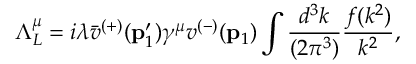
\Lambda _ { L } ^ { \mu } = i \lambda \bar { v } ^ { ( + ) } ( { \bf p } _ { 1 } ^ { \prime } ) \gamma ^ { \mu } v ^ { ( - ) } ( { \bf p } _ { 1 } ) \int \frac { d ^ { 3 } k } { ( 2 \pi ^ { 3 } ) } \frac { f ( k ^ { 2 } ) } { k ^ { 2 } } ,